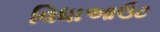
વિધાઆઉટ